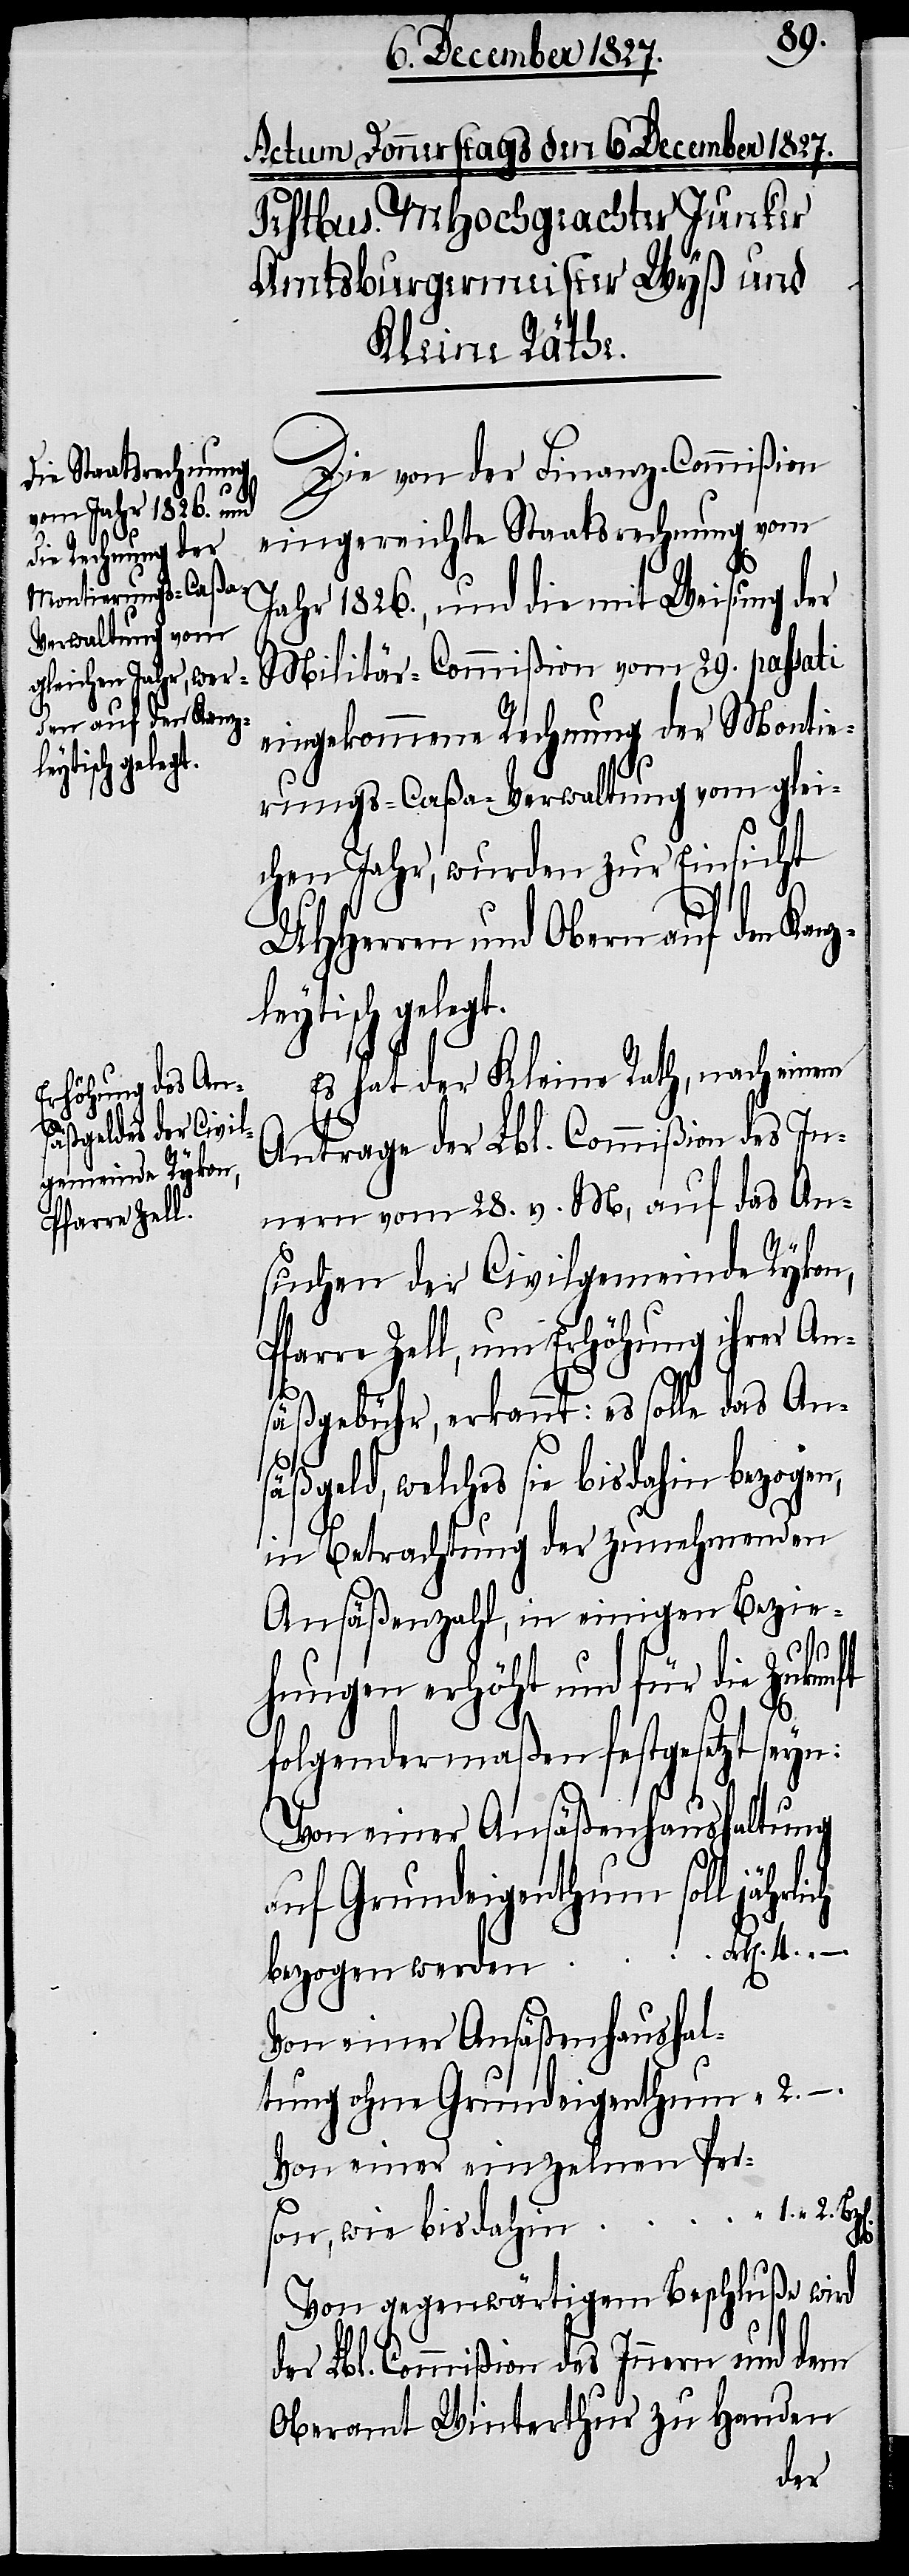
Die von der Finanz-Commißion
eingereichte Staatsrechnung vom
Jahr 1826., und die mit Weisung der
Militär-Commißion vom 29. passati
eingekommene Rechnung der Montie¬
rungs-Caßa-Verwaltung vom glei¬
chen Jahr, wurden zur Einsicht
UHHerren und Obern auf den Kanz¬
leytisch gelegt.
Es hat der Kleine Rath, nach einem
Antrage der Lbl. Commißion des In¬
nern vom 28. v. M., auf das An¬
suchen der Civilgemeinde Rykon,
Pfarre Zell, um Erhöhung ihrer An¬
säßgebühr, erkannt: es solle das An¬
säßgeld, welches sie bis dahin
in Betrachtung der zunehmenden
Ansäßenzahl, in einigen Bezie¬
hungen erhöht und für die Zukunft
folgendermaßen festgesetzt seyn:
Von einer Ansäßenhaushaltung
auf
Grundeigenthum soll jährlich
bezogen werden Frk[en]. 4.	–
Von einer einzelnen Per¬
son, wie bisher	 “	 1. 	2.
Von gegenwärtigem Beschluße wird
der Lbl. Commißion des Innern und dem
Oberamt Winterthur zu Handen